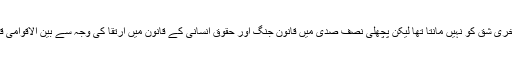
ماضیِ قریب تک بین الاقوامی قانون اس آخری شق کو نہیں مانتا تھا لیکن پچھلی نصف صدی میں قانونِ جنگ اور حقوقِ انسانی کے قانون میں ارتقا کی وجہ سے بین الاقوامی قانون نے اس سمت سفر شروع کردیا ہے ۔